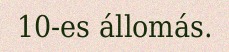
10-es állomás.